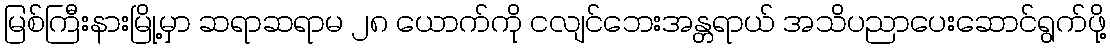
မြစ်ကြီးနားမြို့မှာ ဆရာဆရာမ ၂၈ ယောက်ကို ငလျင်ဘေးအန္တရာယ် အသိပညာပေးဆောင်ရွက်ဖို့